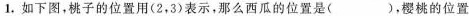
1.如下图，桃子的位置用(2，3)表示，那么西瓜的位置是()，樱桃的位置